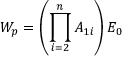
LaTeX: W _ { p } = \left( \prod _ { i = 2 } ^ { n } A _ { 1 i } \right) E _ { 0 }